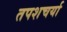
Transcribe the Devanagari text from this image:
तपशचर्या